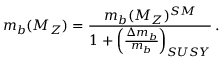
m _ { b } ( M _ { Z } ) = \frac { m _ { b } ( M _ { Z } ) ^ { S M } } { 1 + \left( \frac { \Delta m _ { b } } { m _ { b } } \right) _ { S U S Y } } \, .